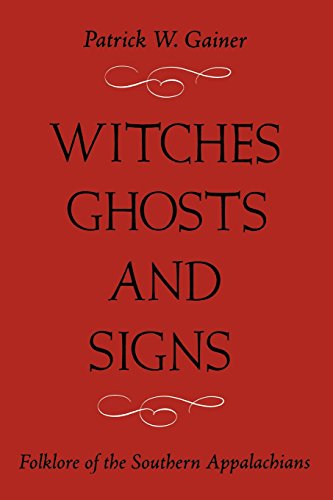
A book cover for Witches, Ghosts, and Signs: Folklore of the Southern Appalachians; PATRICK W. GAINER; Science Fiction & Fantasy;